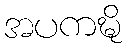
အပကဍ္ဎိ